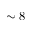
\sim 8